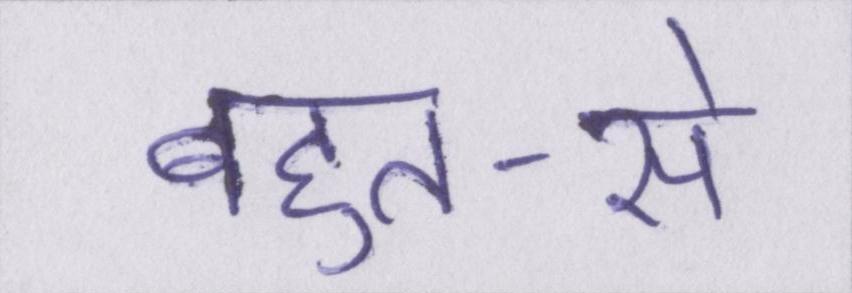
बहुत-से